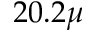
2 0 . 2 \mu